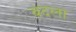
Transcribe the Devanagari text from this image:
बंदला